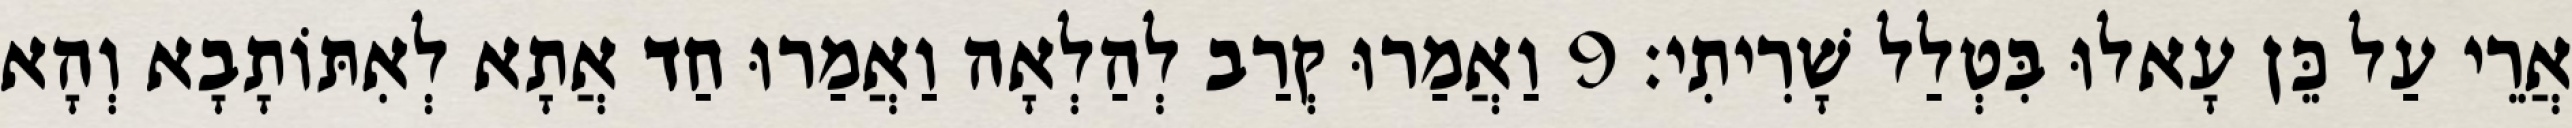
אֲרֵי עַל כֵּן עָאלוּ בִּטְלַל שָׁרִיתִי׃ 9 וַאֲמַרוּ קְרַב לְהַלְאָה וַאֲמַרוּ חַד אֲתָא לְאִתּוֹתָבָא וְהָא